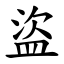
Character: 盜